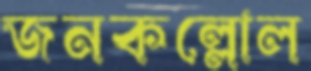
জনকল্লোল